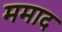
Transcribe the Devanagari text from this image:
ममाद